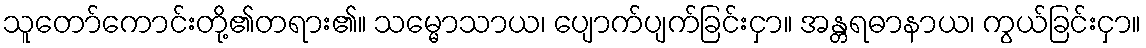
သူတော်ကောင်းတို့၏တရား၏။ သမ္မောသာယ၊ ပျောက်ပျက်ခြင်းငှာ။ အန္တရဓာနာယ၊ ကွယ်ခြင်းငှာ။